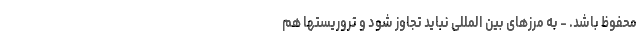
محفوظ باشد. - به مرزهای بین المللی نباید تجاوز شود و تروریستها هم